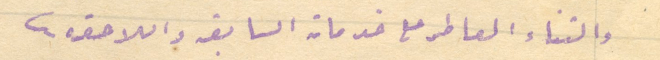
والثناء العاطر على خدماته السابقه واللاحقه.